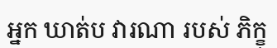
អ្នក ឃាត់ប វារណា របស់ ភិក្ខុ